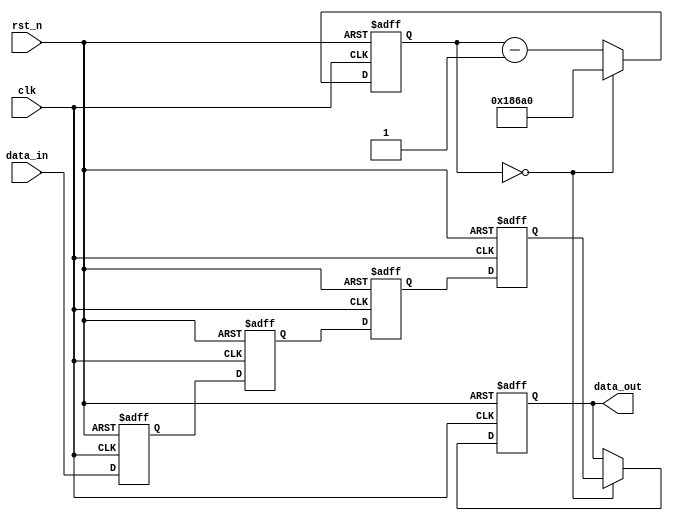
module button_debouncer	(clk,rst_n,data_in,data_out);
					
input						clk;
input						rst_n;
input						data_in;
output						data_out;
									

//=======================================================
//  REG/WIRE declarations
//=======================================================
parameter	preset_val 	= 0;
parameter 	counter_max = 100000; 


reg						data_out;									
reg						data_in_0;	
reg						data_in_1;
reg						data_in_2;
reg						data_in_3;
reg			[20:0]		counter;
	
//=======================================================
//  Structural coding
//=======================================================

always	@(posedge clk or negedge rst_n)
begin
	if	(!rst_n)
	begin
		data_out		<=	preset_val;
		counter			<=	counter_max;
		data_in_0		<=	0;
		data_in_1		<=	0;
		data_in_2		<=	0;
		data_in_3		<=	0;			
	end else begin
		if	(counter == 0) 
		begin
			data_out	<=	data_in_3;
			counter		<=	counter_max;
		end else begin
			counter		<=	counter - 1;
		end
		data_in_0	<=	data_in;	
		data_in_1	<=	data_in_0;
		data_in_2	<=	data_in_1;
		data_in_3	<=	data_in_2;
	end
end
			
				

endmodule